Vaccination in Burma 1900-1911 - 1900-1911
Year: 1900
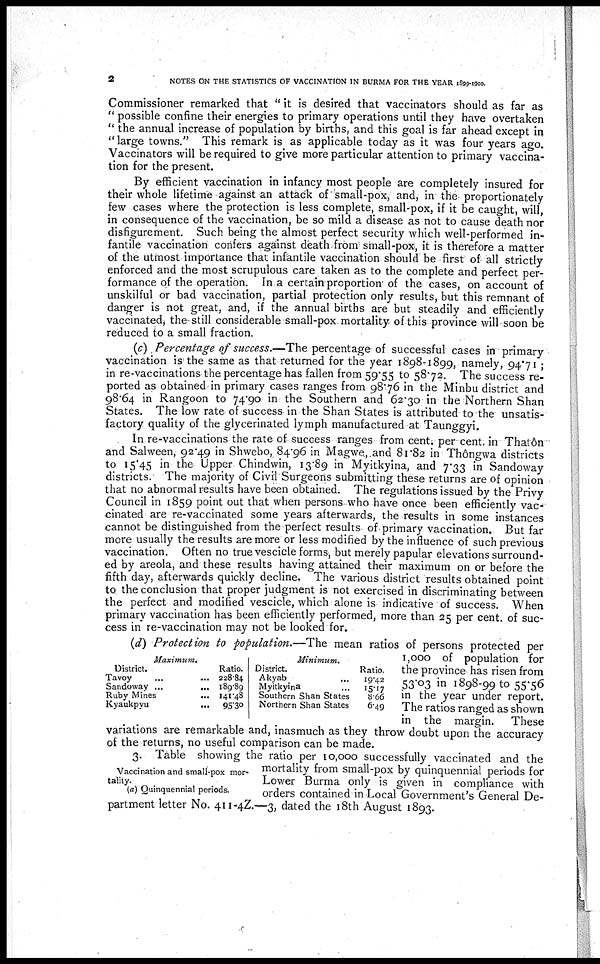
2
NOTES ON THE STATISTICS OF VACCINATION IN BURMA FOR THE YEAR 1899-1900.
Commissioner remarked that " it is desired that vaccinators should as far as
" possible confine their energies to primary operations until they have overtaken
" the annual increase of population by births, and this goal is far ahead except in
" large towns." This remark is as applicable today as it was four years ago.
Vaccinators will be required to give more particular attention to primary vaccina-
tion for the present.
By efficient vaccination in infancy most people are completely insured for
their whole lifetime against an attack of small-pox, and, in the proportionately
few cases where the protection is less complete, small-pox, if it be caught, will,
in consequence of the vaccination, be so mild a disease as not to cause death nor
disfigurement. Such being the almost perfect security which well-performed in-
fantile vaccination confers against death from small-pox, it is therefore a matter
of the utmost importance that infantile vaccination should be first of all strictly
enforced and the most scrupulous care taken as to the complete and perfect per-
formance of the operation. In a certain proportion-of the cases, on account of
unskilful or bad vaccination, partial protection only results, but this remnant of
danger is not great, and, if the annual births are but steadily and efficiently
vaccinated, the still considerable small-pox mortality of this province will soon be
reduced to a small fraction.
(c) Percentage of success.—The percentage of successful cases in primary
vaccination is the same as that returned for the year 1898-1899, namely, 94.71 ;
in re-vaccinations the percentage has fallen from 59.55 to 58.72. The success re-
ported as obtained in primary cases ranges from 98.76 in the Minbu district and
98.64 in Rangoon to 74.90 in the Southern and 62.30 in the Northern Shan
States. The low rate of success in the Shan States is attributed to the unsatis-
factory quality of the glycerinated lymph manufactured at Taunggyi.
In re-vaccinations the rate of success ranges from cent. per cent. in Thatôn
and Salween, 92.49 in Shwebo, 84.96 in Magwe,.and 81.82 in Thôngwa districts
to 15.45 in the Upper Chindwin, 13.89 in Myitkyina, and 7.33 in Sandoway
districts. The majority of Civil Surgeons submitting these returns are of opinion
that no abnormal results have been obtained. The regulations issued by the Privy
Council in 1859 point out that when persons who have once been efficiently vac-
cinated are re-vaccinated some years afterwards, the results in some instances
cannot be distinguished from the perfect results of primary vaccination. But far
more usually the results are more or less modified by the influence of such previous
vaccination. Often no true vescicle forms, but merely papular elevations surround-
ed by areola, and these results having attained their maximum on or before the
fifth day, afterwards quickly decline. The various district results obtained point
to the conclusion that proper judgment is not exercised in discriminating between
the perfect and modified vescicle, which alone is indicative of success. When
primary vaccination has been efficiently performed, more than 25 per cent. of suc-
cess in re-vaccination may not be looked for.
(d) Protection to population.—The mean ratios of persons protected per
1,000 of population for
the province has risen from
53.03 in 1898-99 to 55.56
in the year under report.
The ratios ranged as shown
in the margin. These
variations are remarkable and, inasmuch as they throw doubt upon the accuracy
of the returns, no useful comparison can be made.
Maximum.
District.
Tavoy ... ... ...
Sandoway...
...
...
Ruby Mines ... ... ...
Kyaukpyu...
...
...
Ratio.
228.84
189.89
141.48
95.30
Minimum.
District.
Akyab... ... ...
Myitkyina... ... ...
Southern Shan States... ... ...
Northern Shan States... ... ...
Ratio.
19.42
15.17
8.66
6.49
Vaccination and small-pox mor-
tality.
(a) Quinquennial periods.
3. Table showing the ratio per 10,000 successfully vaccinated and the
mortality from small-pox by quinquennial periods for
Lower Burma only is given in compliance with
orders contained in Local Government's General De-
partment letter No. 411-4Z.—3, dated the 18th August 1893.